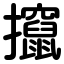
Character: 攛